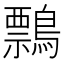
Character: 𪅃